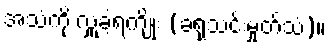
အသံကို လှူခဲ့ရကျိုး (ခရုသင်းမှုတ်သံ)။